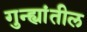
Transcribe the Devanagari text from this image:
गुन्ह्यांतील